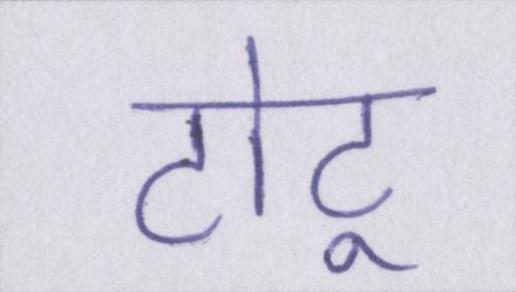
टोटू